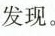
发现。